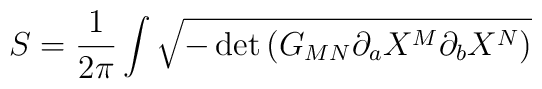
S= \frac{1}{2\pi}\int \sqrt{-\det \left( G_{MN}\partial_a    X^M\partial_b X^N\right)}